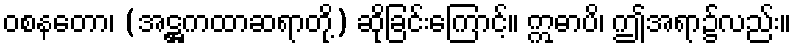
ဝစနတော၊ (အဋ္ဌကထာဆရာတို့) ဆိုခြင်းကြောင့်။ ဣဓာပိ၊ ဤအရာ၌လည်း။